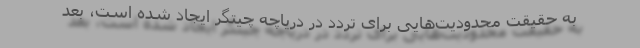
به حقیقت محدودیت‌هایی برای تردد در دریاچه چیتگر ایجاد شده است، بعد